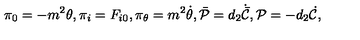
\pi _ { 0 } = - m ^ { 2 } \theta , \pi _ { i } = F _ { i 0 } , \pi _ { \theta } = m ^ { 2 } \dot { \theta } , \bar { \cal P } = d _ { 2 } \dot { \bar { \cal C } } , { \cal P } = - d _ { 2 } \dot { \cal C } ,